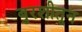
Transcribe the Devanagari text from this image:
बुरशीतून